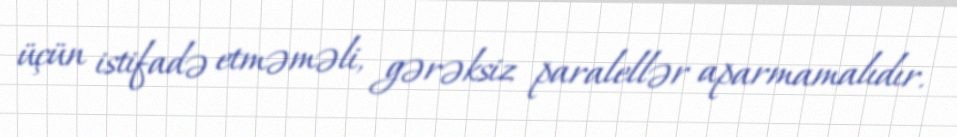
üçün istifadə etməməli, gərəksiz paralellər aparmamalıdır.